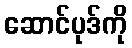
ဆောင်ပုဒ်ကို